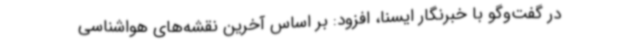
در گفت‌و‌گو با خبرنگار ایسنا، افزود: بر اساس آخرین نقشه‌های هواشناسی